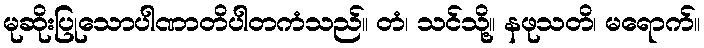
မုဆိုးပြုသောပါဏာတိပါတကံသည်။ တံ၊ သင်သို့။ နဖုသတိ၊ မရောက်။